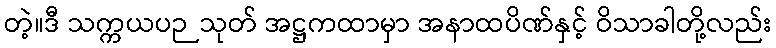
တဲ့။ဒီ သက္ကယပဉသုတ် အဋ္ဌကထာမှာ အနာထပိဏ်နှင့် ဝိသာခါတို့လည်း